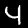
Digit: 4